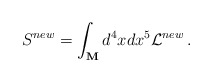
\begin{align*}S^{new}= \int _{\bf M}d^4 x dx^5 {\cal L}^{new}\, .\end{align*}